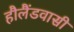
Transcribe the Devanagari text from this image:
हौलैंडवासी